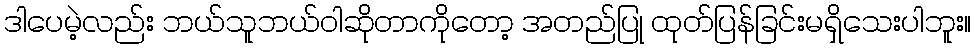
ဒါပေမဲ့လည်း ဘယ်သူဘယ်ဝါဆိုတာကိုတော့ အတည်ပြု ထုတ်ပြန်ခြင်းမရှိသေးပါဘူး။